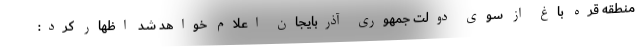
منطقه قره باغ از سوی دولت جمهوری آذربایجان اعلام خواهد شد اظهار کرد: